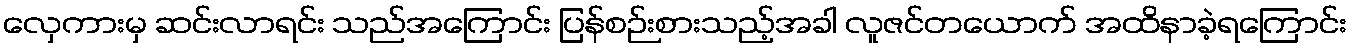
လှေကားမှ ဆင်းလာရင်း သည်အကြောင်း ပြန်စဉ်းစားသည့်အခါ လူဇင်တယောက် အထိနာခဲ့ရကြောင်း